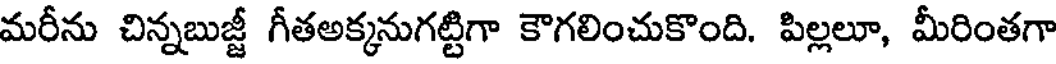
మరీను చిన్నబుజ్జీ గీతఅక్కనుగట్టిగా కౌగలించుకొంది. పిల్లలూ, మీరింతగా